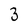
Character: 3